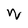
Character: M